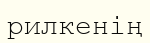
рилкенің